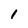
Character: 1